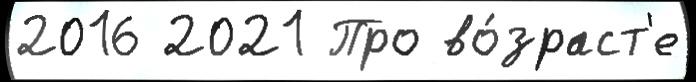
2016 2021 Про во́зраст'е